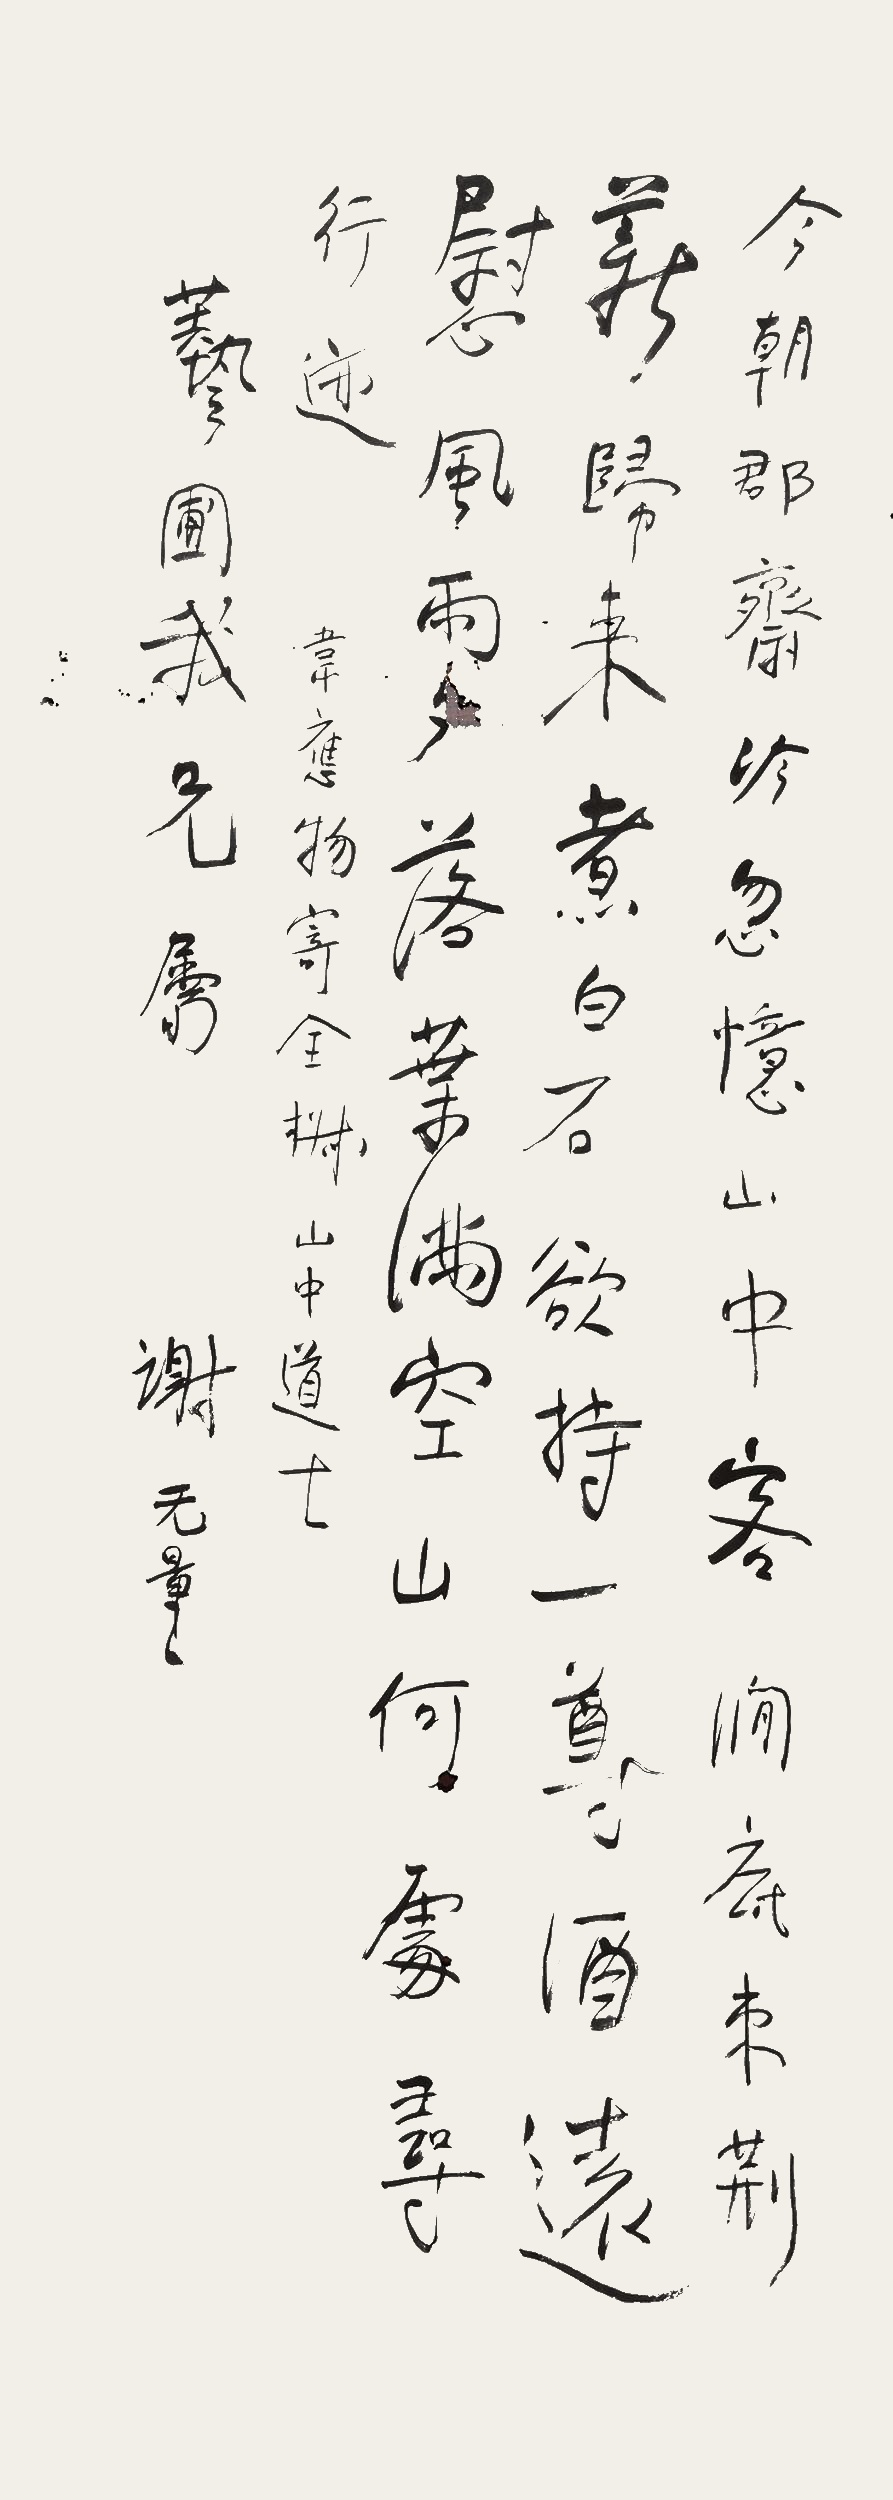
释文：今朝郡斋冷，忽忆山中客。涧底东荆薪，归来煮白石。欲持一尊酒，远慰风雨夕。落叶满空山，何处寻行迹。韦应物寄全淑山中道士。艺圃我兄属，谢无量。